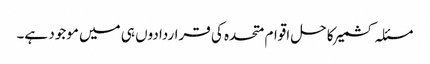
مسئلہ کشمیر کا حل اقوام متحدہ کی قراردادوں ہی میں موجود ہے۔